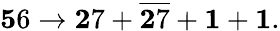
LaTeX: {\mathbf 56}\rightarrow{\mathbf 27}+\overline{{{\mathbf 27}}}+{\mathbf 1}+{\mathbf 1}.